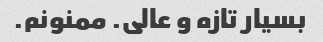
بسیار تازه و عالی. ممنونم.